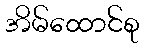
အိမ်ထောင်စု